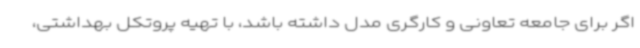
اگر برای جامعه تعاونی و کارگری مدل داشته باشد، با تهیه پروتکل بهداشتی،